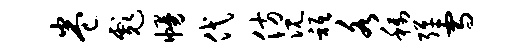
卷彪幔代仿沉只各称弹雪